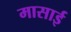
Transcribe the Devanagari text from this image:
मासाई